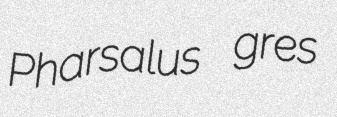
Pharsalus gres